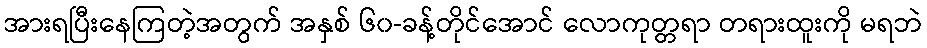
အားရပြီးနေကြတဲ့အတွက် အနှစ် ၆၀-ခန့်တိုင်အောင် လောကုတ္တရာ တရားထူးကို မရဘဲ